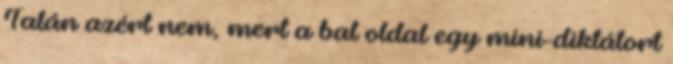
Talán azért nem, mert a bal oldal egy mini-diktátort